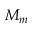
M _ { m }